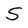
Character: S